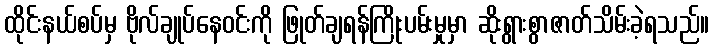
ထိုင်းနယ်စပ်မှ ဗိုလ်ချုပ်နေဝင်းကို ဖြုတ်ချရန်ကြိုးပမ်းမှုမှာ ဆိုးရွားစွာဇာတ်သိမ်းခဲ့ရသည်။